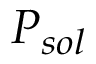
P _ { s o l }